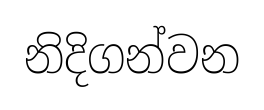
නිදිගන්වන